Annual report of the Imperial Bacteriological Laboratory, Muktesar
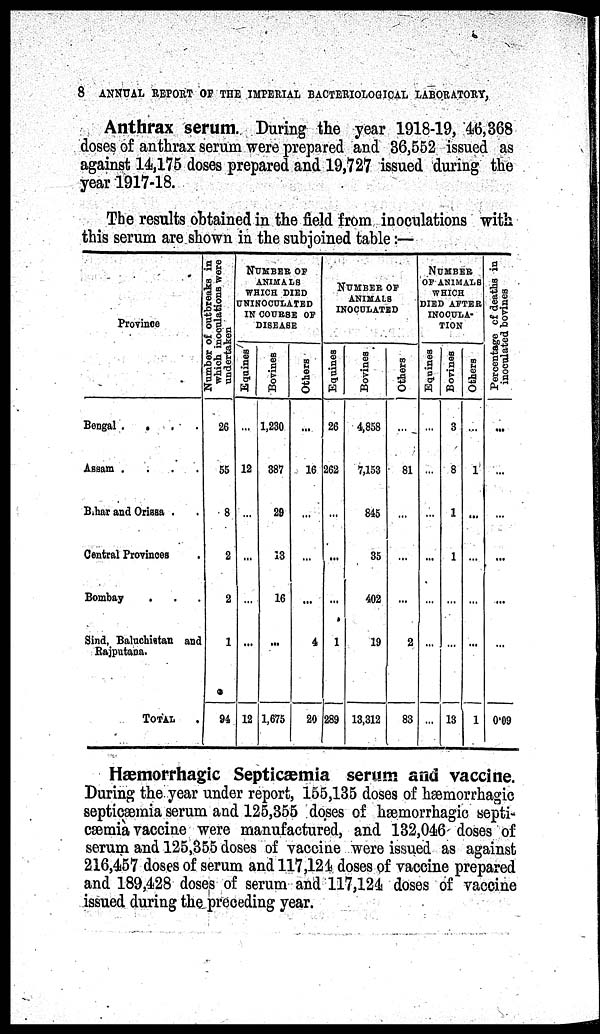
8
ANNUAL REPORT OF THE IMPERIAL BACTERIOLOGICAL LABORATORY,
Anthrax serum. During the year 1918-19, 46,368
doses of anthrax serum were prepared and 36,552 issued as
against 14,175 doses prepared and 19,727 issued during the
year 1917-18.
The results obtained in the field from inoculations with
this serum are shown in the subjoined table:—
Province
Bengal
.
Assam .
.
.
.
Bihar and Orissa .
Central Provinces
Bombay
.
Sind, Baluchistan and
Rajputana.
TOTAL
Number of outbreaks in
which inoculations were
undertaken
26
55
8
2
2
1
94
NUMBER OF
ANIMALS
WHICH DIED
UNINOCULATED
IN COURSE OF
DISEASE
Equines
...
12
...
...
...
12
Bovines
1,230
387
29
13
16
...
1,675
Others
...
16
...
...
...
4
20
NUMBER OF
ANIMALS
INOCULATED
Equines
26
262
...
...
1
289
Bovines
4,858
7,153
845
35
402
19
13,312
Others
...
81
...
...
...
2
83
NUMBER
OF ANIMALS
WHICH
DIED AFTER
INOCULA-
TION
Equines
...
...
...
...
...
...
...
Bovines
3
8
1
1
...
...
13
Others
...
1
...
...
...
...
1
Percentage of deaths in
inoculated bovines
...
...
...
...
...
...
0.09
Hæmorrhagic Septicæmia serum and vaccine.
During the year under report, 155,135 doses of hæmorrhagic
septicæmia serum and 125,355 doses of hæmorrhagic septi-
cæmia vaccine were manufactured, and 132,046 doses of
serum and 125,355 doses of vaccine were issued as against
216,457 doses of serum and 117,124 doses of vaccine prepared
and 189,428 doses of serum and 117,124 doses of vaccine
issued during the preceding year.